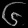
Digit: ၆